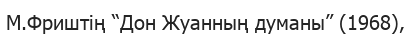
М.Фриштің “Дон Жуанның думаны” (1968),